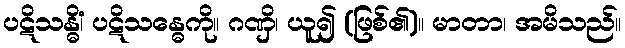
ပဋိသန္ဓိံ၊ ပဋိသန္ဓေကို။ ဂဏှိ၊ ယူ၍ (ဖြစ်၏)။ မာတာ၊ အမိသည်။